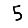
Digit: 5